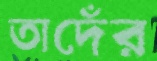
তাদেঁর